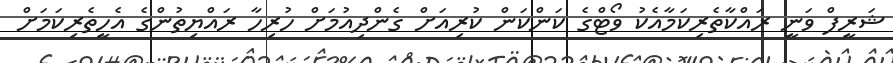
ޝަރީފް ވަނީ ރައްކާތެރިކަމާއެކު ވޯޓްގެ ކަންކަން ކުރިއަށް ގެންދިއުމަށް ހުރިހާ ރައްޔިތުންގެ އެހީތެރިކަމަށް